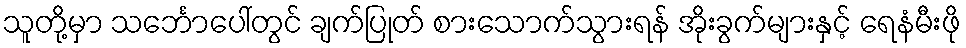
သူတို့မှာ သင်္ဘောပေါ်တွင် ချက်ပြုတ် စားသောက်သွားရန် အိုးခွက်များနှင့် ရေနံမီးဖို